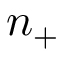
n _ { + }